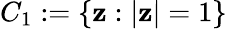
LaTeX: C_{1}:=\{ \mathbf{z}:|\mathbf{z}|=1\}